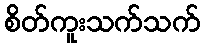
စိတ်ကူးသက်သက်